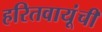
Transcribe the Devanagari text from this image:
हरितवायूंची